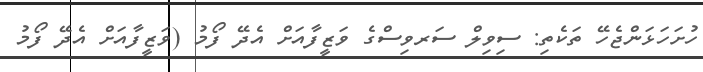
ހުށަހަޅަންޖެހޭ ތަކެތި: ސިވިލް ސަރވިސްގެ ވަޒީފާއަށް އެދޭ ފޯމު (ވަޒީފާއަށް އެދޭ ފޯމު